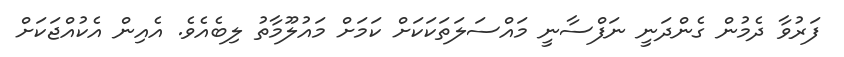
ފަރުވާ ދެމުން ގެންދަނީ ނަފްސާނީ މައްސަލަތަކަކަށް ކަމަށް މައުލޫމާތު ލިބެއެވެ. އެއިން އެކުއްޖަކަށް